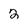
Character: 2